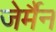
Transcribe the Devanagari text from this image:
जेर्मैन